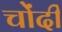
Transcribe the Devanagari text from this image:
चोंदी